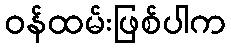
ဝန်ထမ်းဖြစ်ပါက